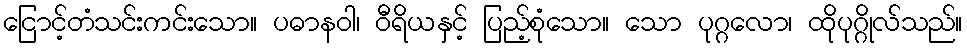
ငြောင့်တံသင်းကင်းသော။ ပဓာနဝါ၊ ဝီရိယနှင့် ပြည့်စုံသော။ သော ပုဂ္ဂလော၊ ထိုပုဂ္ဂိုလ်သည်။